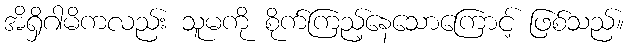
အိရှိဂါမိကလည်း သူမကို စိုက်ကြည့်နေသောကြောင့် ဖြစ်သည်။